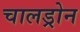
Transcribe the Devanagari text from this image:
चालड्रोन